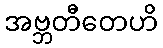
အဗ္ဘတီတေဟိ